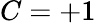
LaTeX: C=+1